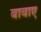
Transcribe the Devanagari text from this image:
बाबाए